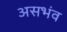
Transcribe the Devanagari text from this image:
असभंव